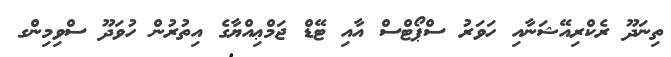
ތިނަދޫ ރެކްރިއޭޝަނާއި ހަވަރު ސްޕޯޓްސް އާއި ޓޭޑް ޖަމްޢިއްޔާގެ އިތުރުން ހުވަދޫ ސްވިމިންގ